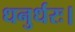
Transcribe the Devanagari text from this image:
धनुर्धरः।